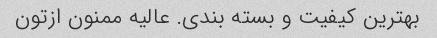
بهترین کیفیت و بسته بندی. عالیه ممنون ازتون